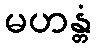
မဟန္တံ